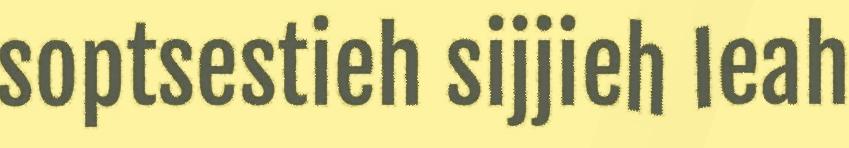
soptsestieh sijjieh leah